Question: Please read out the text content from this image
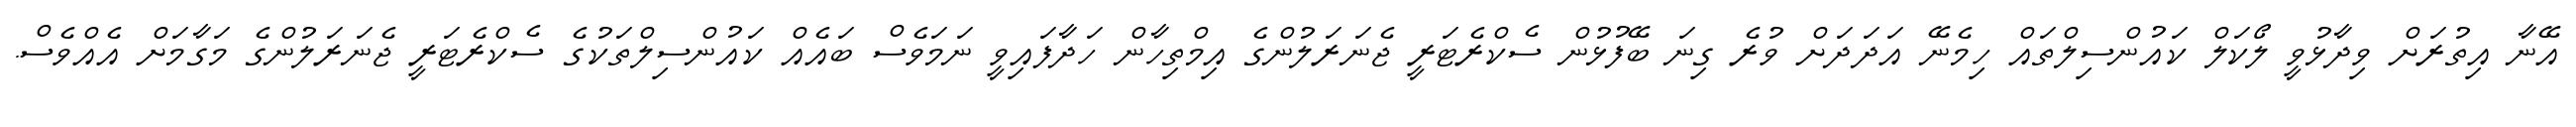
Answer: އޭނާ އިތުރަށް ވިދާޅުވީ ލޯކަލް ކައުންސިލްތައް ހިމެނޭ އަދަދަށް ވުރެ ގިނަ ބޭފުޅުން ސެކްރެޓަރީ ޖެނަރަލުންގެ އިމްތިހާން ހަދާފައިވީ ނަމަވެސް ބައެއް ކައުންސިލްތަކުގެ ސެކްރެޓަރީ ޖެނަރަލުންގެ މަގާމަށް އެއްވެސް.